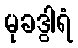
မုခဒွါရံ